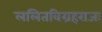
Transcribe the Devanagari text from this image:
ललितविग्रहराजः